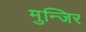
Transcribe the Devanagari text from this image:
मुन्जिर